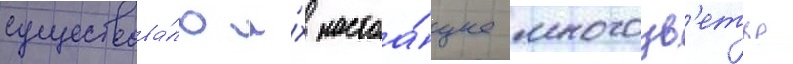
существова́ло и́х настоа́щее многоцв'етье